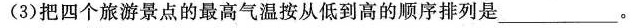
(3)把四个旅游景点的最高气温按从低到高的顺序排列是___。